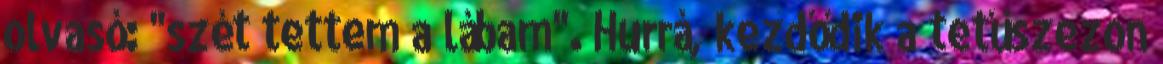
olvasó: "szét tettem a lábam". Hurrá, kezdődik a tetűszezon